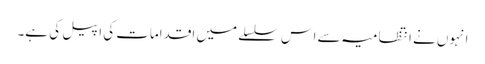
انہوں نے انتظامیہ سے اس سلسلے میں اقدامات کی اپیل کی ہے۔